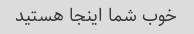
خوب شما اینجا هستید